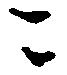
ニ